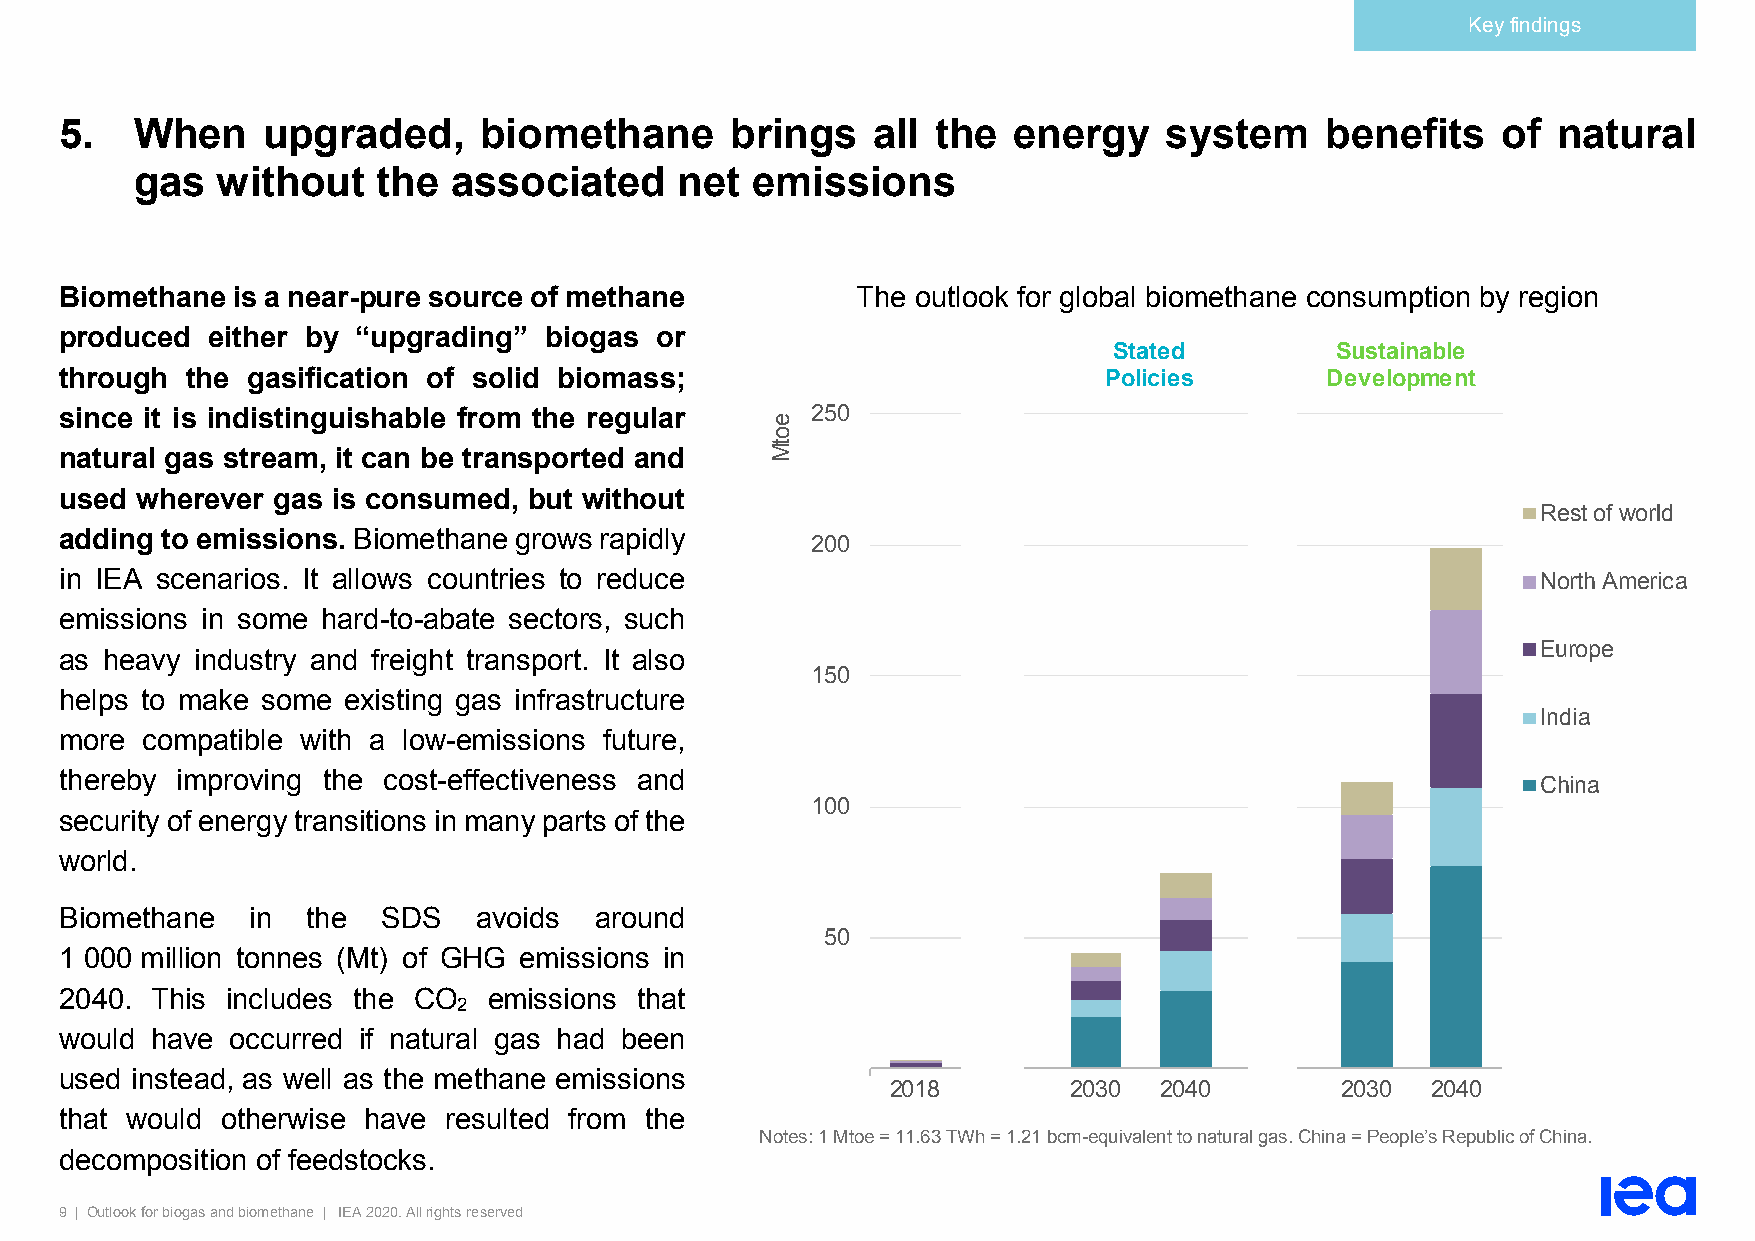
Key findings
 5.   When    upgraded,      biomethane      brings    all the  energy    system     benefits   of  natural
 gas  without    the  associated     net  emissions
 Biomethane is a near-pure source of methane          The outlook for global biomethane consumption by region
 produced  either by “upgrading” biogas or
 Stated        Sustainable
 through the gasification of solid biomass;                           Policies       Development
 since it is indistinguishable from the regular    250
 natural gas stream, it can be transported and
 used wherever gas is consumed, but without
 Rest of world
 adding to emissions. Biomethane grows rapidly     200
 in IEA scenarios. It allows countries to reduce                                                   North America
 emissions in some hard-to-abate sectors, such
 Europe
 as heavy industry and freight transport. It also
 150
 helps to make some existing gas infrastructure
 India
 more compatible with a low-emissions future,
 thereby improving the cost-effectiveness and                                                      China
 100
 security of energy transitions in many parts of the
 world.
 Biomethane   in the  SDS    avoids around
 50
 1 000 million tonnes (Mt) of GHG emissions in
 2040. This includes the CO  emissions that
 2
 would have occurred if natural gas had been
 used instead, as well as the methane emissions
 2018        2030  2040        2030  2040
 that would otherwise have resulted from the
 Notes: 1 Mtoe = 11.63 TWh = 1.21 bcm-equivalent to natural gas. China = People’s Republic of China.
 decomposition of feedstocks.
 9 | Outlook for biogas and biomethane | IEA 2020. All rights reserved
 eotM